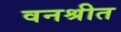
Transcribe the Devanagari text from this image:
वनश्रीत